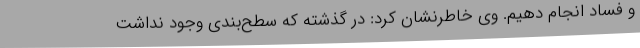
و فساد انجام دهیم. وی خاطرنشان کرد: در گذشته که سطح‌بندی وجود نداشت